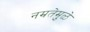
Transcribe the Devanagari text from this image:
नम्रतेमुळे